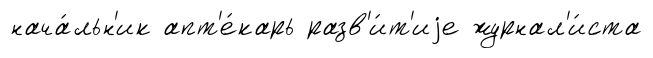
нача́льн'ик апт'е́карь разв'и́т'иjе журнал'и́ста